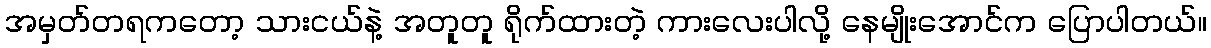
အမှတ်တရကတော့ သားငယ်နဲ့ အတူတူ ရိုက်ထားတဲ့ ကားလေးပါလို့ နေမျိုးအောင်က ပြောပါတယ်။